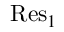
\mathrm { R e s } _ { 1 }